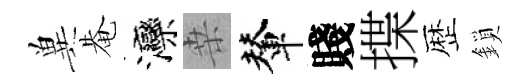
兾𤲅灤桒輦賤揲歴鎖